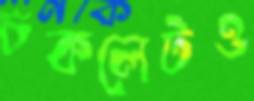
চকলেটও